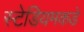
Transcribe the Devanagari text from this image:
स्टेडियमकडे